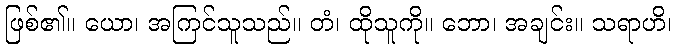
ဖြစ်၏။ ယော၊ အကြင်သူသည်။ တံ၊ ထိုသူကို။ ဘော၊ အချင်း။ သရာဟိ၊